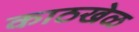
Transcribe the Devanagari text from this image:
काठखेळ